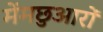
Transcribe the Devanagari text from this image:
मेंमछुआरों